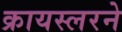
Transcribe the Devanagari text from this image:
क्रायस्लरने